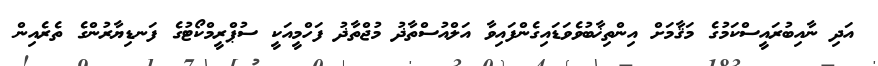
އަދި ނާއިބުރައީސްކަމުގެ މަޤާމަށް އިންތިޚާބުވެވަޑައިގެންފައިވާ އަލްއުސްތާޛު މުޖްތާޛު ފަހްމީއަކީ ސުޕްރީމްކޯޓުގެ ފަނޑިޔާރުންގެ ތެރެއިން